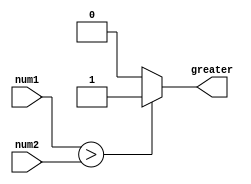
module magnitude_comparator(input [7:0] num1, input [7:0] num2, output greater);

  reg greater;

  always @(num1, num2) begin
    if (num1 > num2) begin
      greater = 1;
    end
    else if (num1 == num2) begin
      greater = 0;
    end
    else begin
      greater = 0;
    end
  end

endmodule